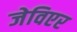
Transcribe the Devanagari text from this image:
जेविएर